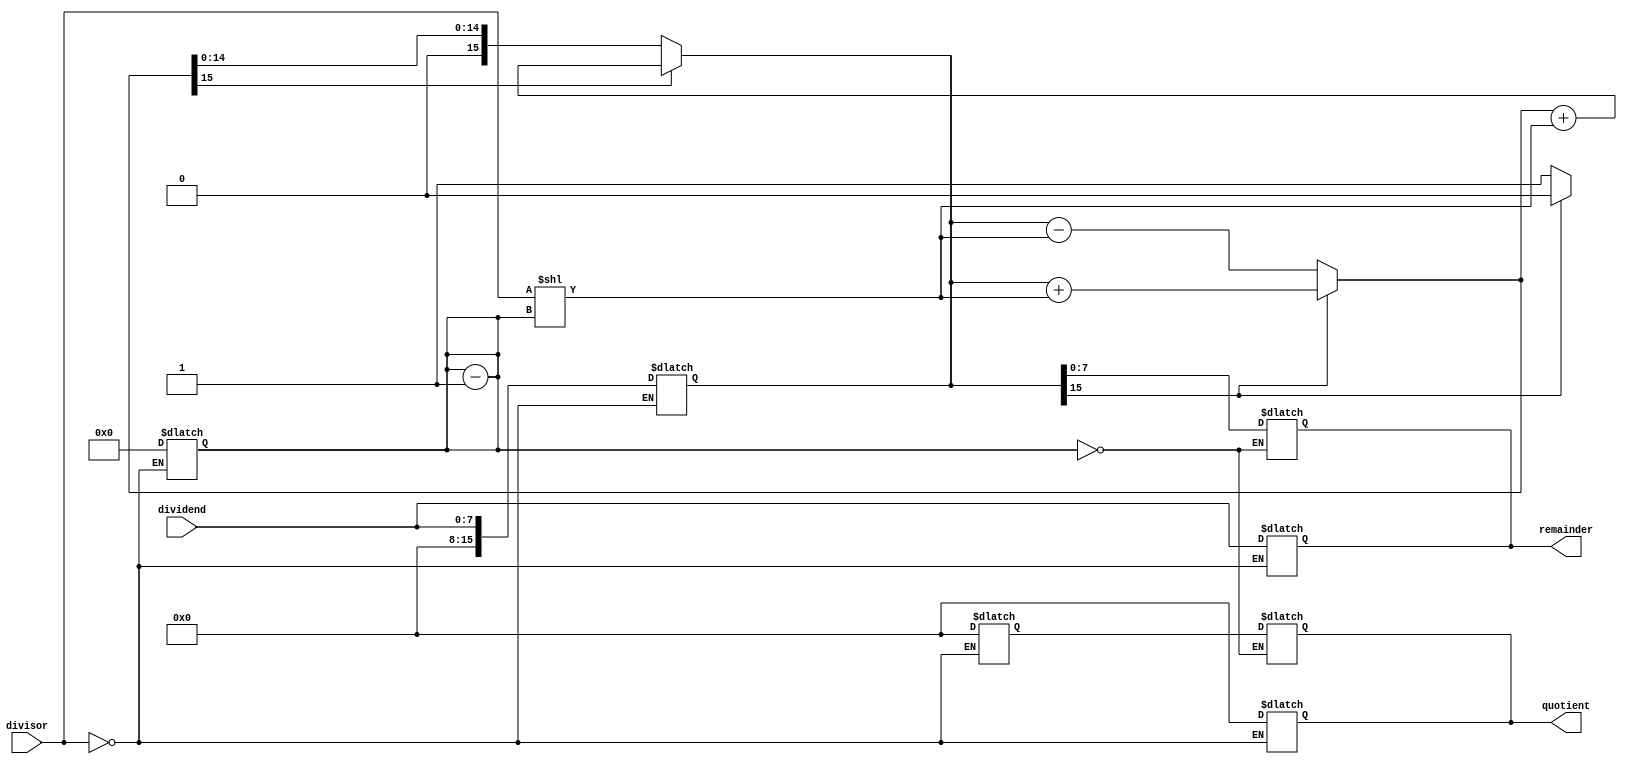
module non_restoring_divider (
    input wire [7:0] dividend,
    input wire [7:0] divisor,
    output reg [7:0] quotient,
    output reg [7:0] remainder
);

reg [15:0] remainder_reg;
reg [7:0] quotient_reg;
reg [3:0] shift_reg;

always @(*) begin
    if (divisor == 8'h00) begin
        quotient = 8'h00;
        remainder = dividend;
    end else begin
        if (dividend >= divisor) begin
            remainder_reg = dividend;
            quotient_reg = 8'h00;
            shift_reg = 4'd0;
        end else begin
            remainder_reg = {8'h00, dividend};
            quotient_reg = 8'h00;
            shift_reg = 4'd0;
        end
    end
end

always @(*) begin
    if (remainder_reg[15] == 1'b0) begin
        remainder_reg = {1'b0, remainder_reg} - (divisor << shift_reg);
        quotient_reg = {quotient_reg, 1'b1};
    end else begin
        remainder_reg = {1'b1, remainder_reg} + (divisor << shift_reg);
        quotient_reg = {quotient_reg, 1'b0};
    end
    if (remainder_reg[15] == 1'b1) begin
        remainder_reg = remainder_reg + (divisor << shift_reg);
    end
    shift_reg = shift_reg - 1;
end

always @(*) begin
    if (shift_reg == 4'd0) begin
        quotient = quotient_reg;
        remainder = remainder_reg[7:0];
    end
end

endmodule